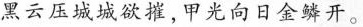
黑云压城城欲摧，甲光向日金鳞开。